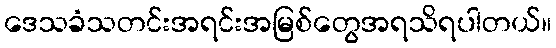
ဒေသခံသတင်းအရင်းအမြစ်တွေအရသိရပါတယ်။